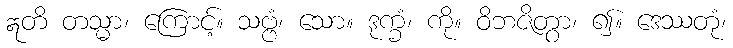
ဣတိ တသ္မာ၊ ကြောင့်။ သဗ္ဗံ၊ သော။ ဒုက္ခံ၊ ကို။ ဝိဘဇိတွာ၊ ၍။ ဒေဿတုံ၊